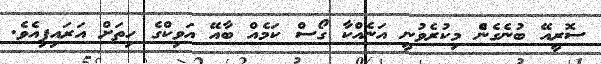
ސޮރީއޭ ބުނެގެނެް މިކުރެވުނީ އަނެއްކާ ގޯސް ކަމެއް ބާއޭ އަވިކްގެ ހިތަށް އަރައިފިއެވެ.